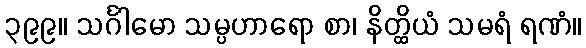
၃၉၉။ သင်္ဂါမော သမ္ပဟာရော စာ၊ နိတ္ထိယံ သမရံ ရဏံ။